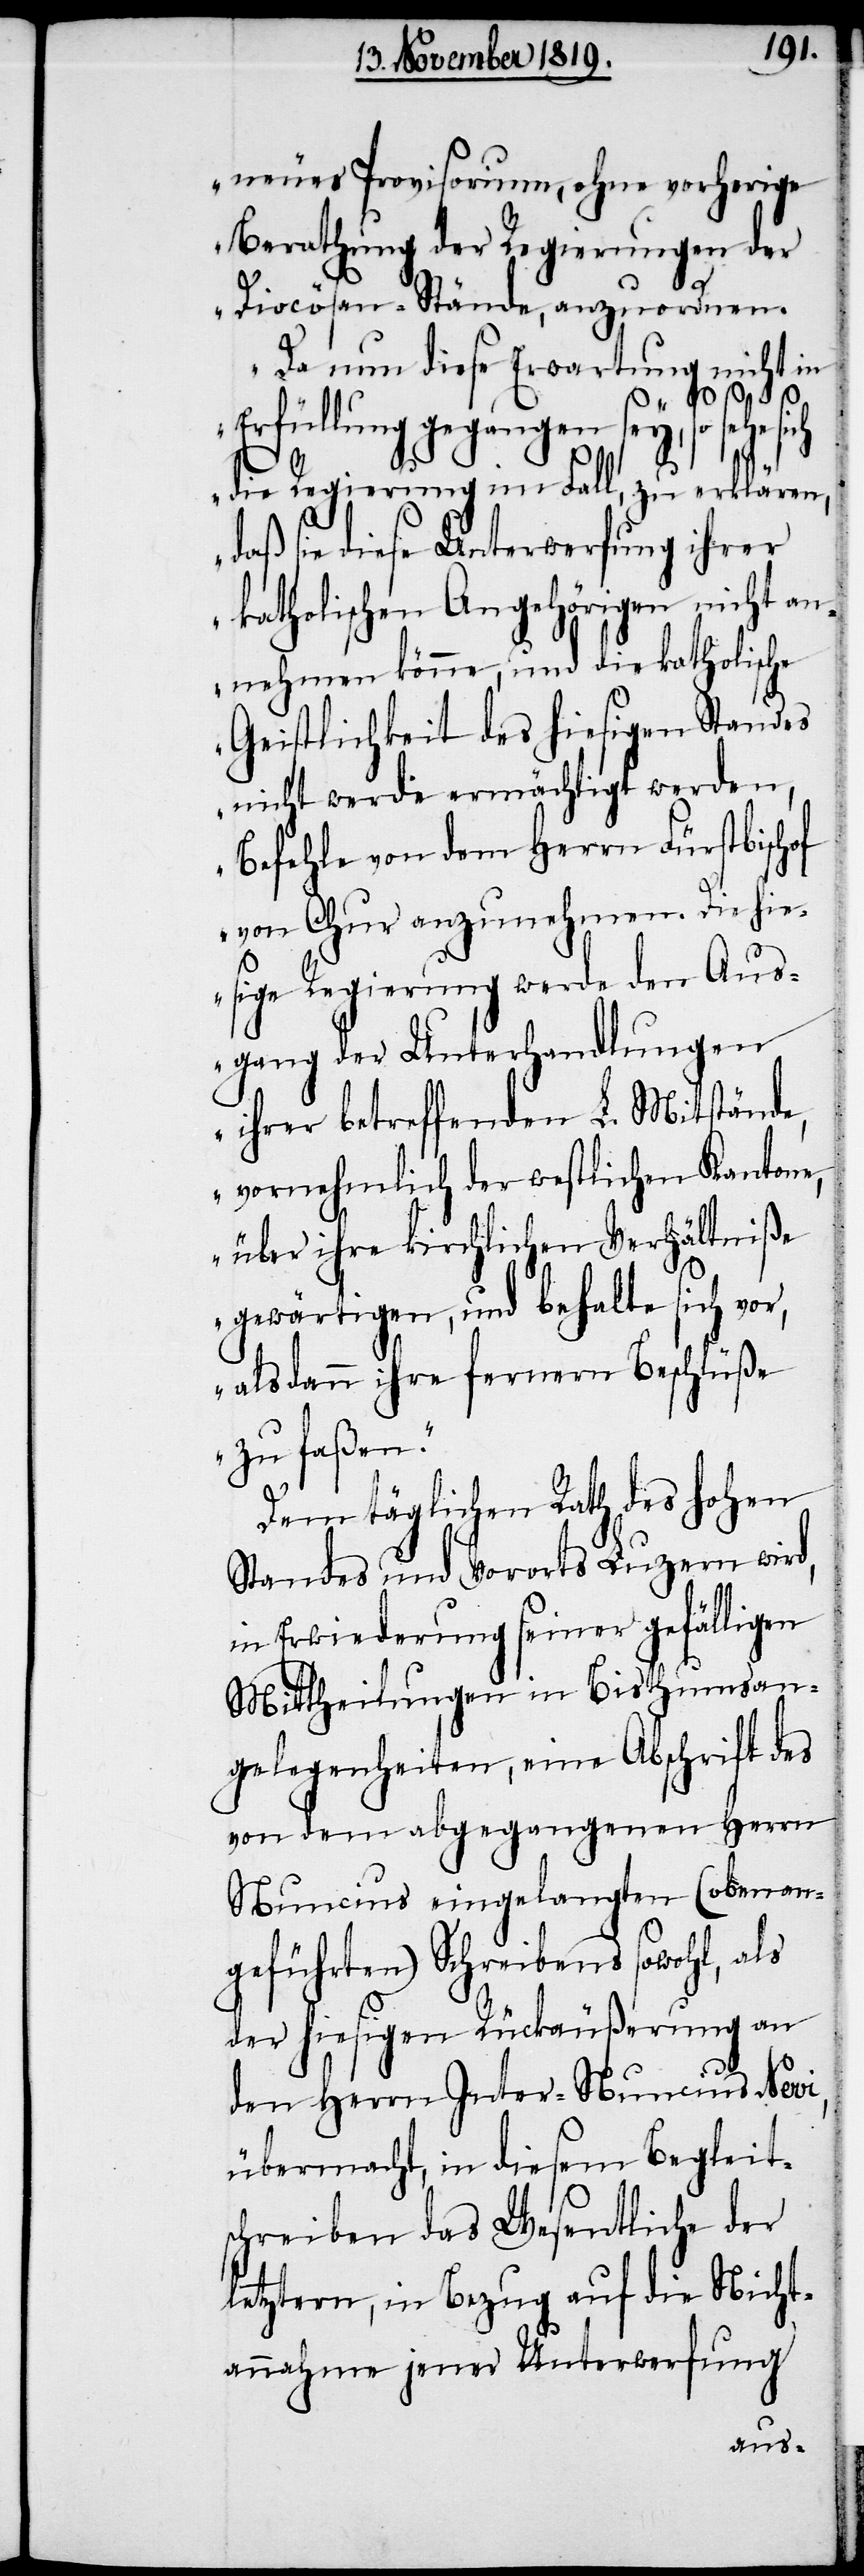
neues Provisorium, ohne vorherige
Berathung der Regierungen der
Diocösan-Stände, anzuordnen.
Da nun diese Erwartung nicht in
Erfüllung gegangen sey, so sehe
die Regierung im Fall, zu erklären,
daß sie diese Unterwerfung ihrer
katholischen Angehörigen nicht an¬
nehmen könne, und die katholische
Geistlichkeit des hiesigen Standes
nicht werde ermächtigt werden,
Befehle von dem Herrn Fürstbischof
von Chur anzunehmen. Die hie¬
sige Regierung werde den Aus¬
gang der Unterhandlungen
ihrer betreffenden L. Mitstände,
vornehmlich der westlichen Kantone,
über ihre kirchlichen Verhältniße
gewärten, und behalte sich vor,
alsdann ihre fernern Beschlüße
zu faßen.“
Dem täglichen Rath des hohen
Standes und Vororts Luzern wird,
in Erwiederung seiner gefälligen
Mittheilungen in Bisthumsan¬
gelegenheiten, eine Abschrift des
von dem abgegangenen Herrn
Nuncius eingelangten (obenan¬
geführten) Schreibens sowohl, als
der hiesigen Rückäußerung an
den Herrn Inter-Nuncius Nevi,
übermacht, in diesem Begleits¬
chreiben das Wesentliche der
letztern, in Bezug auf die Nicht¬
annahme jener Unterwerfung